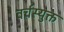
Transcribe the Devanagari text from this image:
वर्चस्युक्त